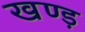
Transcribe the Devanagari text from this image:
खण्ड़